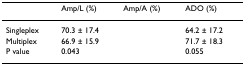
<table><thead><tr><td>[EMPTY_CELL]</td><td><b>Amp/L (%)</b></td><td><b>Amp/A (%)</b></td><td><b>ADO (%)</b></td></tr></thead><tbody><tr><td>Singleplex</td><td>70.3 ± 17.4</td><td>[EMPTY_CELL]</td><td>64.2 ± 17.2</td></tr><tr><td>Multiplex</td><td>66.9 ± 15.9</td><td>[EMPTY_CELL]</td><td>71.7 ± 18.3</td></tr><tr><td>P value</td><td>0.043</td><td>[EMPTY_CELL]</td><td>0.055</td></tr></tbody></table>